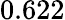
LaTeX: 0.622